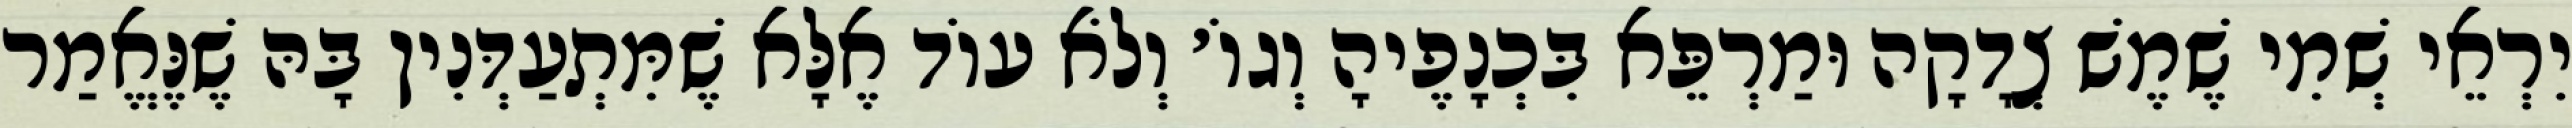
יִרְאֵי שְׁמִי שֶׁמֶשׁ צְדָקָה וּמַרְפֵּא בִּכְנָפֶיהָ וְגוֹ׳ וְלֹא עוֹד אֶלָּא שֶׁמִּתְעַדְּנִין בָּהּ שֶׁנֶּאֱמַר